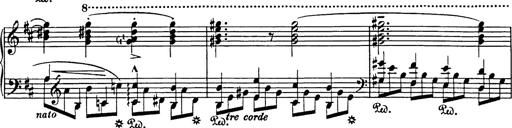
Title: Impromptu
Composer: JosÃ© MarÃ­a Usandizaga
Key: A major